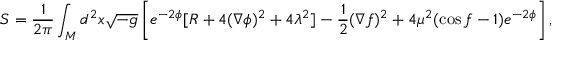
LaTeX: S = \frac { 1 } { 2 \pi } \int _ { M } d ^ { 2 } x \sqrt { - g } \left[ e ^ { - 2 \phi } [ R + 4 ( \nabla \phi ) ^ { 2 } + 4 \lambda ^ { 2 } ] - \frac { 1 } { 2 } ( \nabla f ) ^ { 2 } + 4 \mu ^ { 2 } ( \cos f - 1 ) e ^ { - 2 \phi } \right] ,